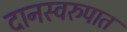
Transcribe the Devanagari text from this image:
दानस्वरुपात